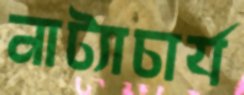
নাট্যাচার্য